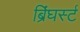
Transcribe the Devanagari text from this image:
ब्रिंघर्स्‍ट